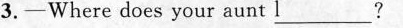
3.-Where does your aunt l___?